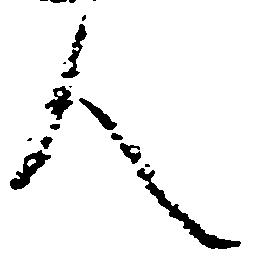
人